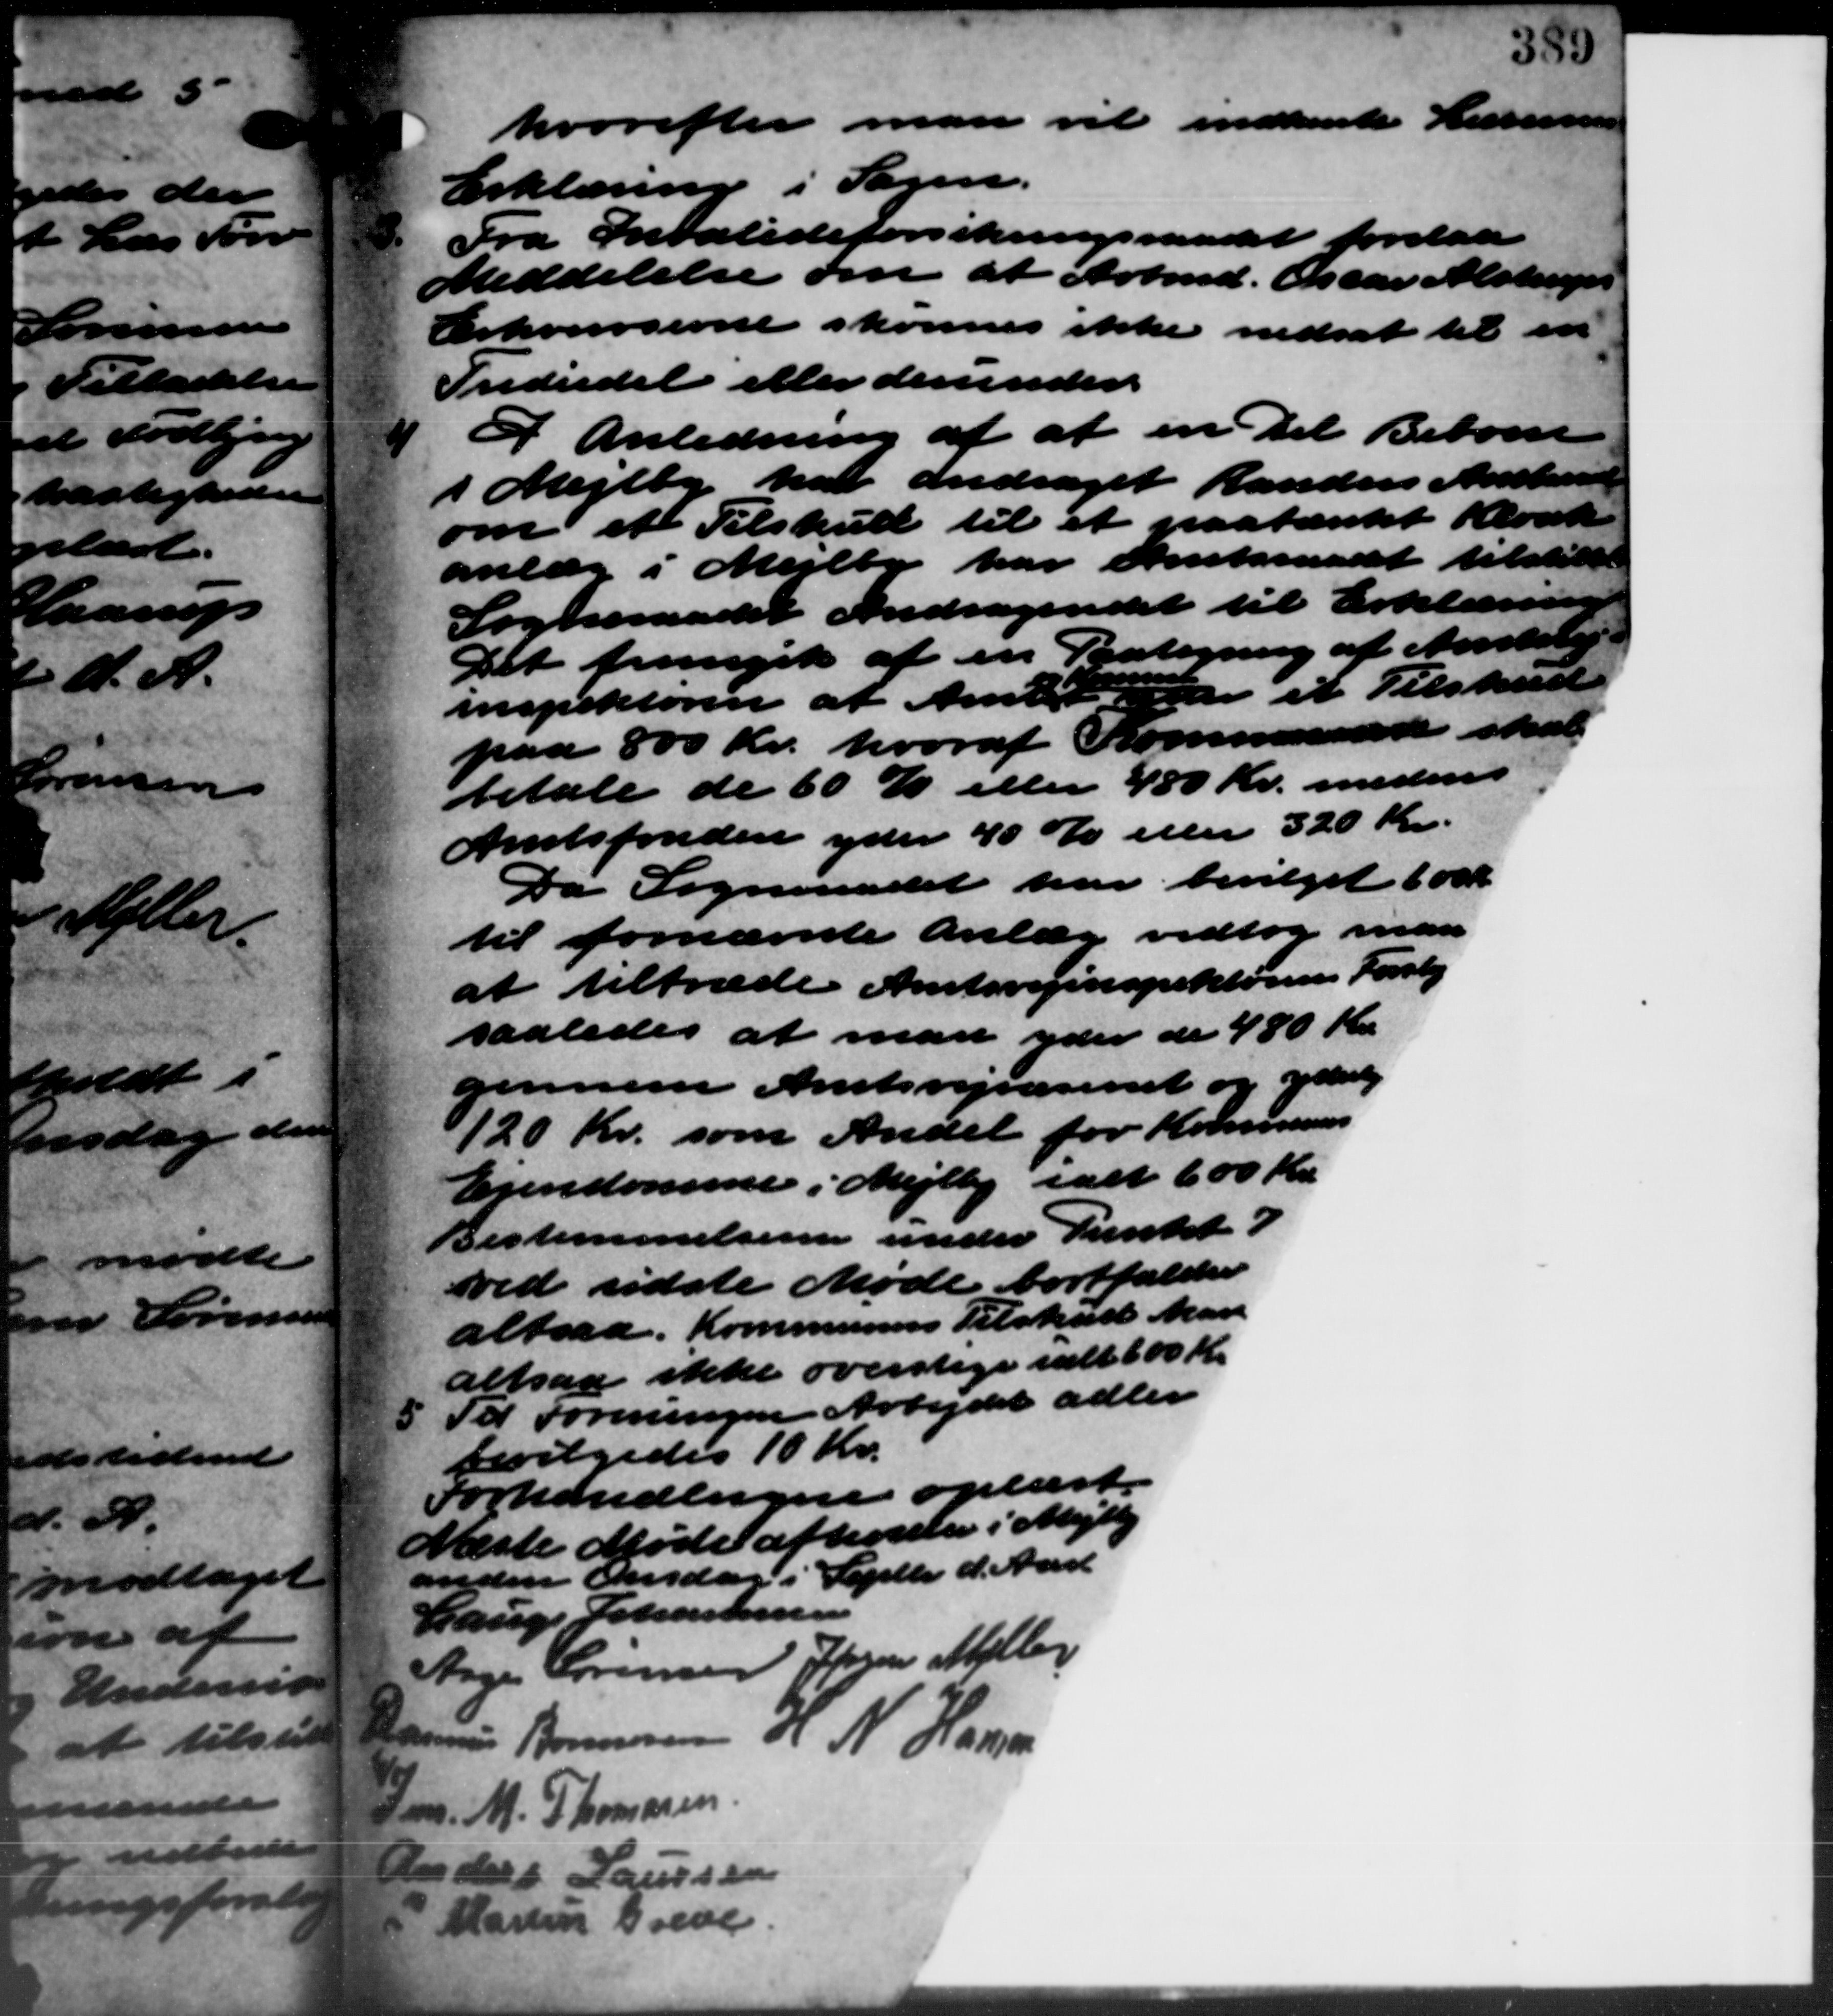
Transskription:
hvorefter man vil indhente Lemmer
Erklæring i Sagen.

Fra Invalideforsikringsraadet forelaa
Meddelelse om at Arbmd. Oscar Alstrup
Erhvervsevne skønnes ikke nedsat til en
Indvidel eller derunder

I Anledning af at en Del Beboere
i Mejlby har andraget Randers Amtsraad
m et Tilskud til et paatænkt Kloak
anlæg i Mejlby har Amtsraadet tilstille
Sogneraadet Andragendet til Erklæring
Det fremgik af en Paategning af Amtstu
inspektøren af Amtst d et Tilskud

paa 800 Kr. hvoraf Kommunen skal
betale de 60 % eller 480 Kr. medens
Amtsfonden yder 40 % eller 320 Kr.
Da Sogneraadet har bevilget 600 Kr.
til fornævnte anlæg vedtog man
at tiltræde Amtsvejinspektørens Forslag
saaledes at man yder de 480 Kr.
gennem Amtsvejvæsenet og ydelig
120 Kr. som Andel for Kommunens
Ejendomme i Mejlby ialt 600 Kr.
Bestemmelserne under Punkt 7
ved sidste Møde bortfalder
altsaa. Kommunens Tilskud kan
altsaa ikke overstige ialt 600 Kr.
5 Til Foreningen Arbejdet adler
5 Til Foreningen Arbejdet adler
bevilgedes 10 Kr.
Forhandlingen oplæst.
Næste Møde afholder i Mejlby
anden Onsdag i Septbr d. Aaret
Lauge Johannesen
Aage Sørensen Søren Møller
og N. Hansen
nu Bonnesen
Jens M. Thomasen
iels Laursen
Martin Greve